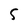
Character: 5